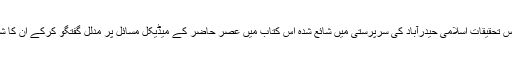
جدید طبی مسائل: مجلس تحقیقات اسلامی حیدرآباد کی سرپرستی میں شائع شدہ اس کتاب میں عصر حاضر کے میڈیکل مسائل پر مدلل گفتگو کرکے ان کا شرعی حل بتایا گیا ہے۔